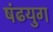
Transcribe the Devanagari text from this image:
षंढयुग